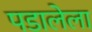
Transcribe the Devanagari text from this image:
पडालेला